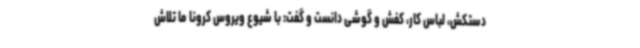
دستکش، لباس کار، کفش و گوشی دانست و گفت: با شیوع ویروس کرونا ما تلاش